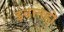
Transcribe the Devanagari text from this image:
इवानहो